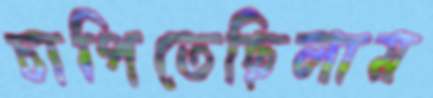
চাপিতেছিলাম